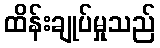
ထိန်းချုပ်မှုသည်